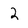
Character: 2